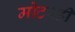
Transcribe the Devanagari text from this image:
मोटरही